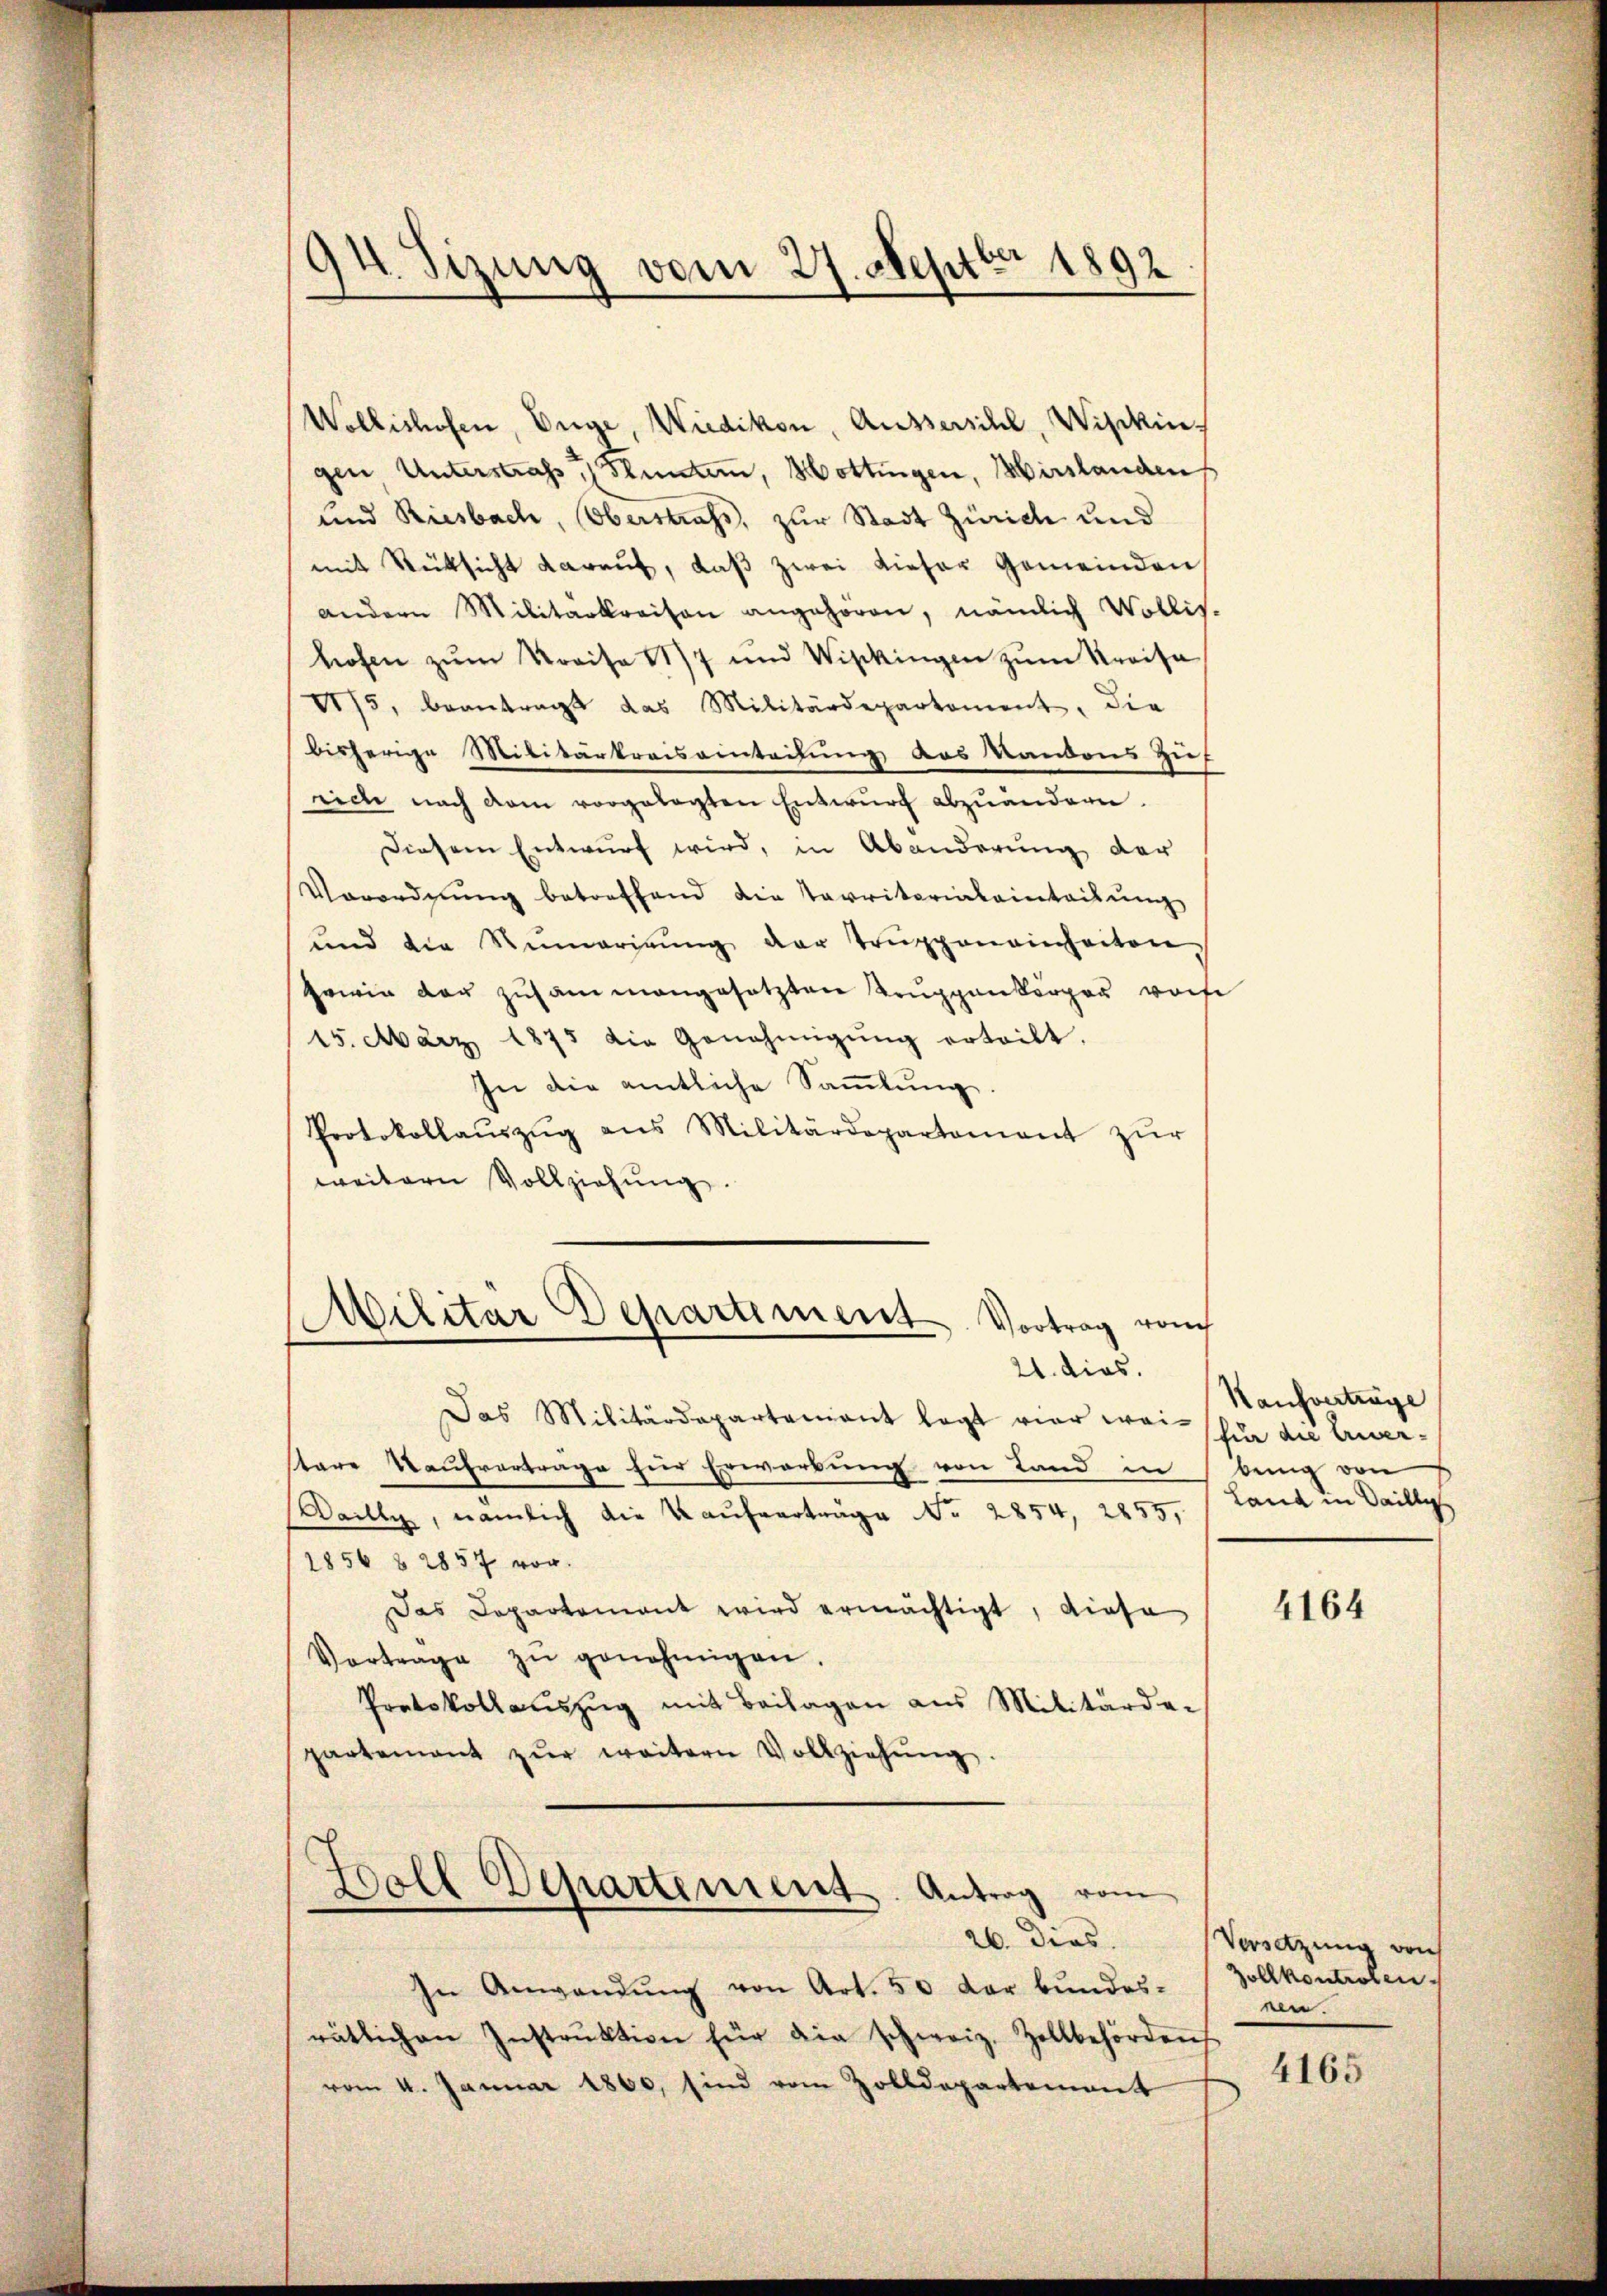
94 Sizung vom 27. Septbr 1892

Wollishofen, Enge, Wiedikon, Aussersihl, Wipkin
gen Unterstraf, Flunter, Hottingen, Hirslanden
und Riesbach, Oberstrafs, zur Stadt Zürich und
mit Rüksicht darauf, daß zwei dieser Gemeinden
andern Militärkreisen angehören, nämlich Wollis.
hofen zum Kreise 117 und Wipkingen zŭm Kreisa
175, beantragt das Militärdepartement, die
bisherige Militärkreisainteilung des Kantons zu
eiche nach dem vorgelegten Entwurf abzuändern.
Diesem Entwurf wird, in Abänderung der
Verordnung betreffend die Territorialainteilung
und die Remarigŭng der Trŭppeneinheiten
gewie der zusammengesetzten Truppenkörper vorf
15. März 1875 die Genehmigŭng ertritt.
In die amtliche Sammlung.
Protokollaŭszŭg ans Militärdepartement zŭr
weitern Vollziehŭng.
Militar Departement Vortrag rauch
21. dies.
Das Militärdepartamant legt vier wei- schür die Erwerstare Kaufvertrage für Erwerbung von Land in
Daille, nämlich die Kaŭfverträge No 2854, 2855,
1856 § 2857 vor.
Das Departement wird ermächtigt, diese
Vortrage zŭ genehmigen.
Protokollaŭszŭg mit Beilagen aus Militärde-
partement zŭr weitern Vollziehŭng.
¬
Woll Departement. Antrag vom
26. dies
In Anwendŭng von Art. 50 der bundes-
rätlichen Instrŭktion für die schweiz. Zollbehörden
vom 4. Januar 1860, sind vom Zolldepartement

Kaufverträge
bung von
Land in Sailli

4164

Versetzung von
Zollkontrolen.
nen.
4165